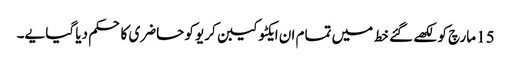
15 مارچ کو لکھے گئے خط میں تمام ان ایکٹو کیبن کریو کو حاضری کا حکم دیا گیا یے۔